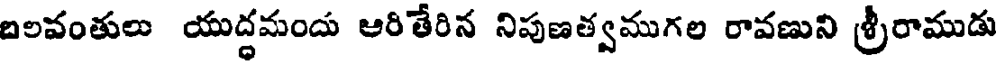
బలవంతులు యుద్ధమందు ఆరితేరిన నిపుణత్వముగల రావణుని శ్రీరాముడు